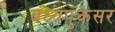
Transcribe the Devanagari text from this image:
बंध्यपुंकेसर